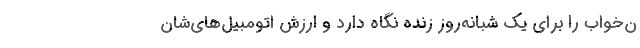
ن‌خواب را برای یک شبانه‌روز زنده نگاه دارد و ارزش اتومبیل‌های‌شان